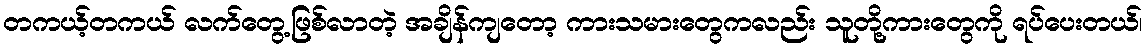
တကယ့်တကယ် လက်တွေ့ဖြစ်လာတဲ့ အချိန်ကျတော့ ကားသမားတွေကလည်း သူတို့ကားတွေကို ရပ်ပေးတယ်၊